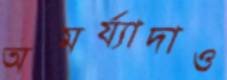
অমর্য্যাদাও